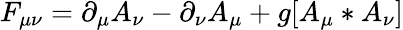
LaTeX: F_{\mu\nu}=\partial_{\mu}A_{\nu}-\partial_{\nu}A_{\mu}+g[A_{\mu}*A_{\nu}]